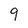
Character: 9